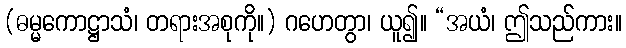
(ဓမ္မကောဋ္ဌာသံ၊ တရားအစုကို။) ဂဟေတွာ၊ ယူ၍။ “အယံ၊ ဤသည်ကား။